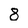
Character: 8